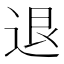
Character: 退